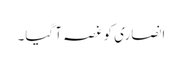
انصاری کو غصہ آ گیا۔